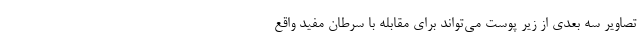
تصاویر سه بعدی از زیر پوست می‌تواند برای مقابله با سرطان مفید واقع